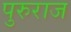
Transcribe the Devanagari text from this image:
पुरुराज